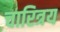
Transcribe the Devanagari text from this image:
चारित्रय